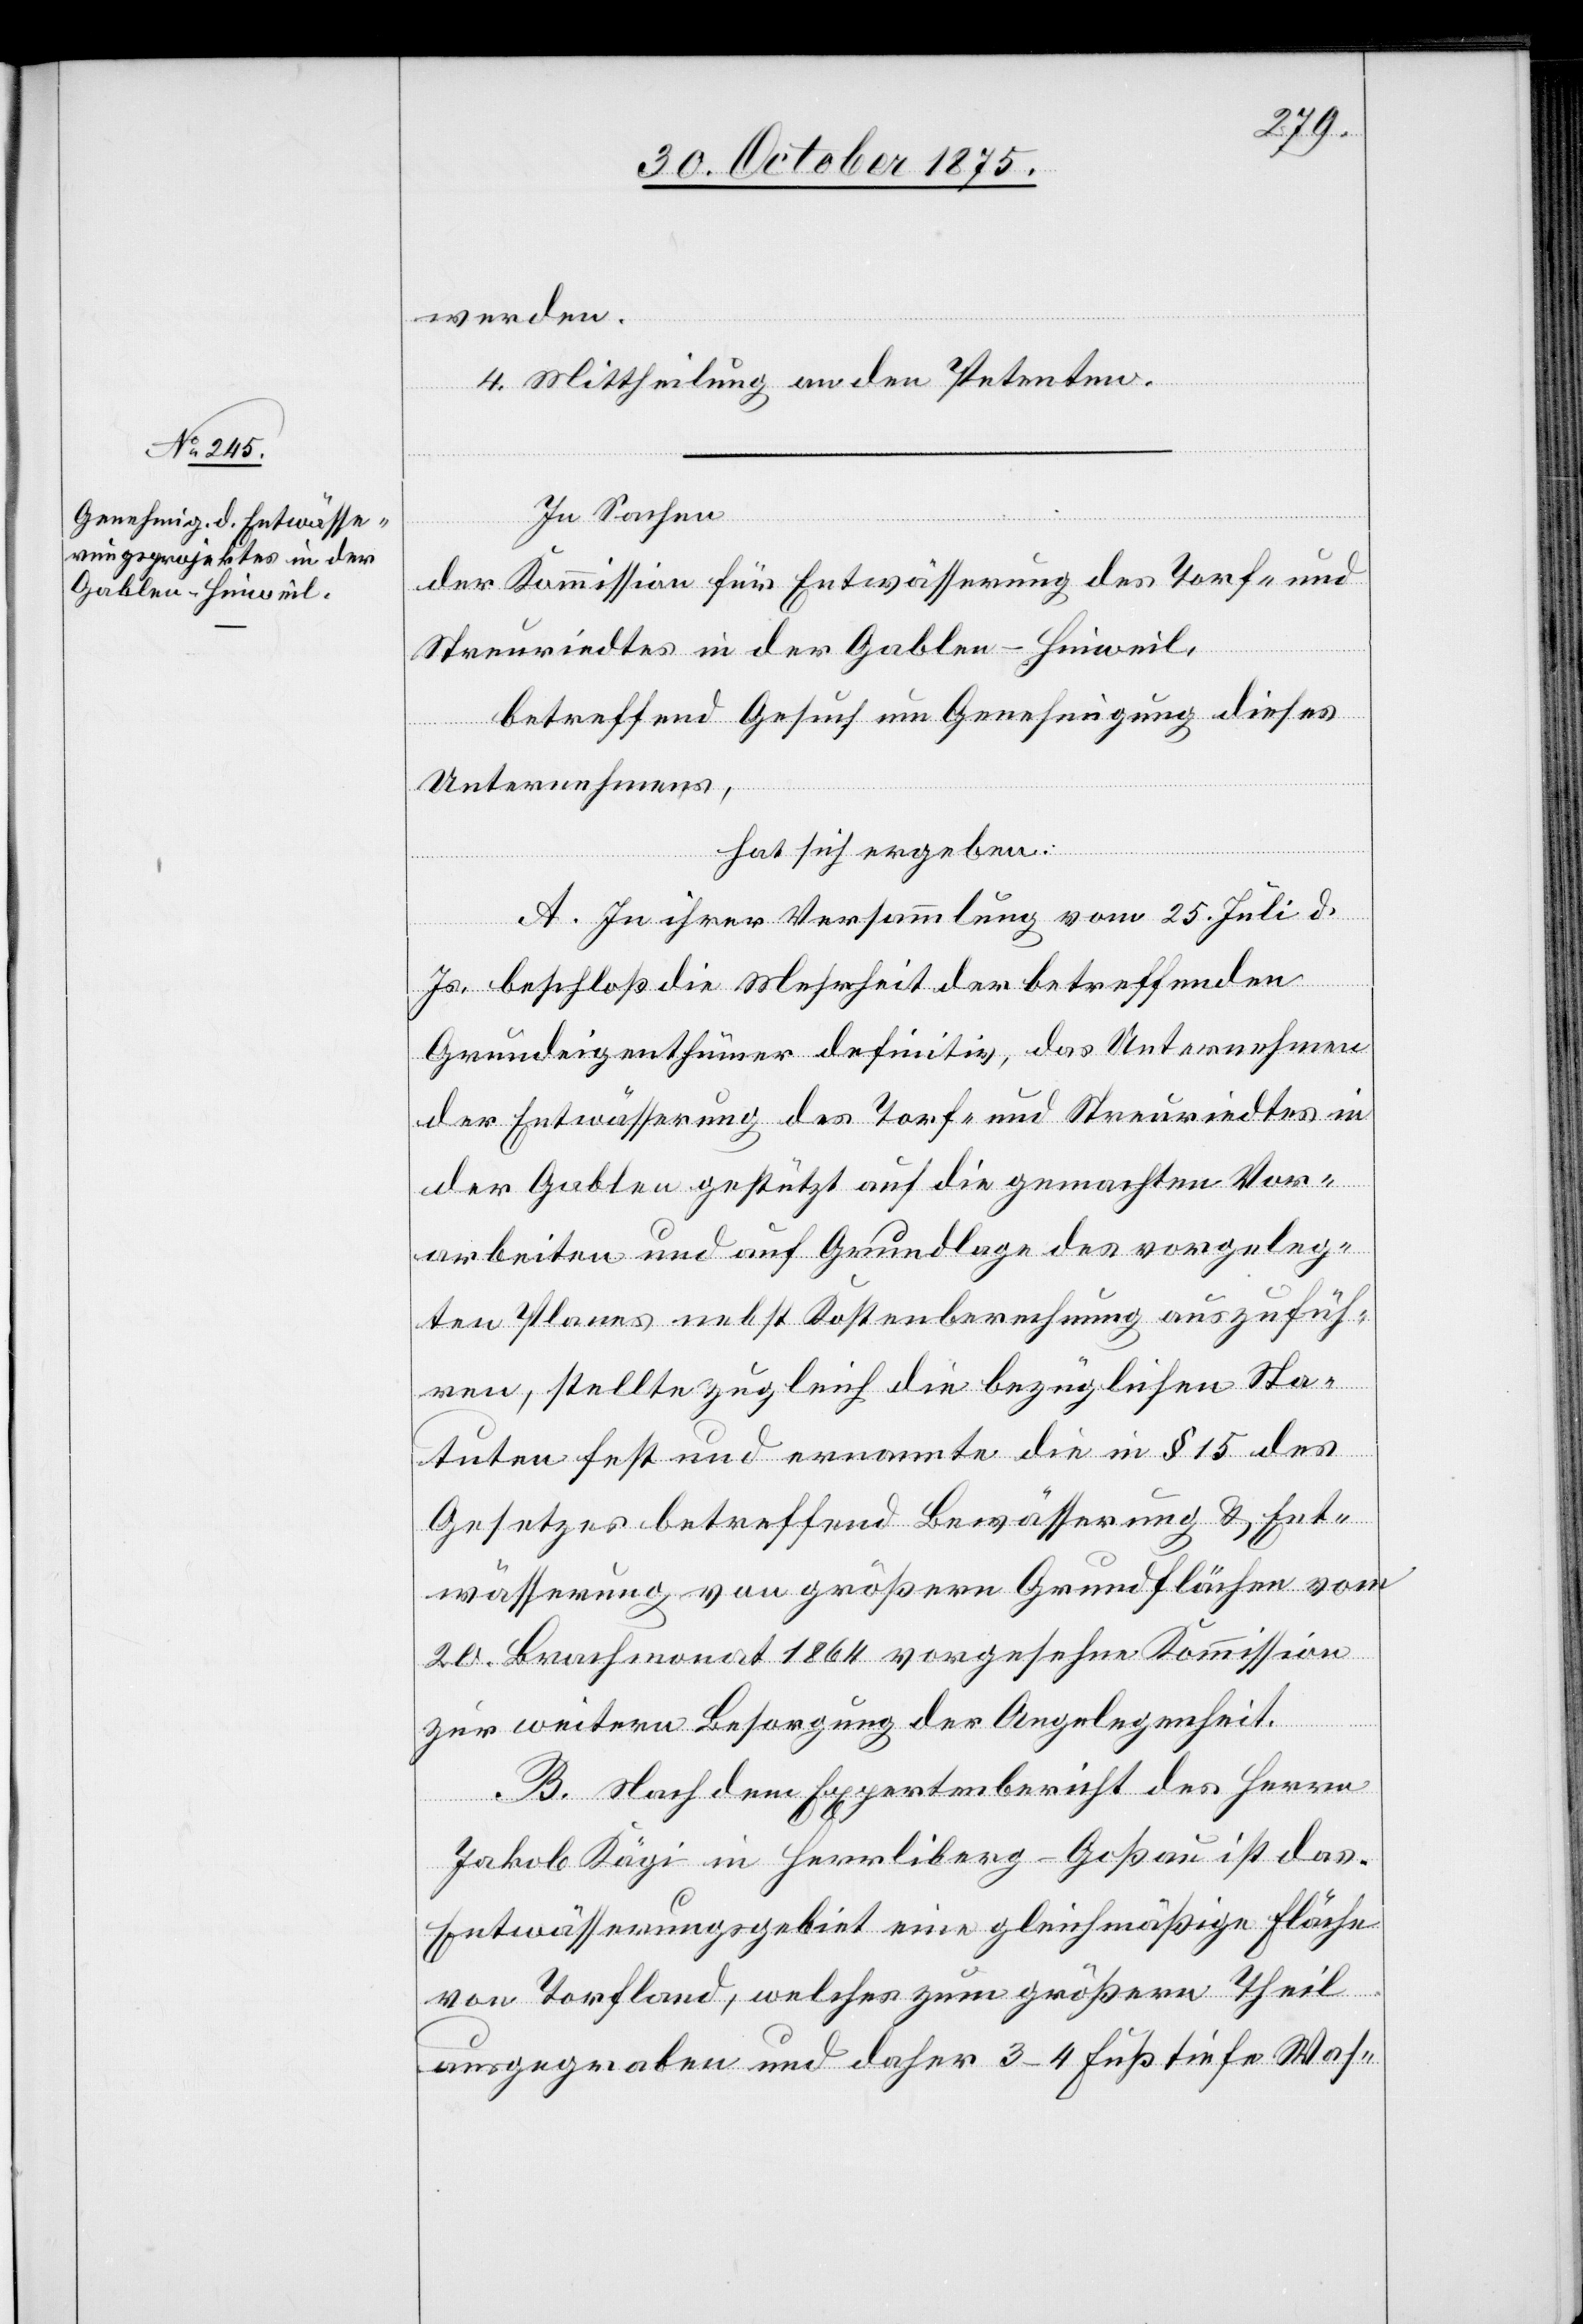
werden.
4. Mittheilung an den Petenten.
In Sachen
der Kommission für Entwässerung des Torf- und
Streuriedtes in der Gablen - Hinweil,
betreffend Gesuch um Genehmigung dieses
Unternehmens,
hat sich ergeben:
A. In ihrer Versammlung vom 25. Juli d.
Js. beschloß die Mehrheit der betreffenden
Grundeigenthümer definitiv, das Unternehmen
der Entwässerung des Torf- und Streuriedtes in
der Gablen gestützt auf die gemachten Vor¬
arbeiten und auf Grundlage des vorgeleg¬
ten Planes nebst Kostenberechnung auszufüh¬
ren, stellte zugleich die bezüglichen Sta¬
tuten fest und ernannte die in § 15 des
Gesetzes betreffend Bewässerung & Ent¬
wässerung von größern Grundflächen vom
20. Brachmonat 1864 vorgesehene Kommission
zur weitern Besorgung der Angelegenheit.
B. Nach dem Expertenbericht des Herrn
Jakob Kägi in Herrliberg - Goßau ist das
Entwässerungsgebiet eine gleichmäßige Fläche
von Torfland, welches zum größern Theil
ausgegraben und daher 3–4 Fuß tiefe Was-